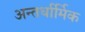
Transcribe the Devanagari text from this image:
अन्तर्धार्मिक